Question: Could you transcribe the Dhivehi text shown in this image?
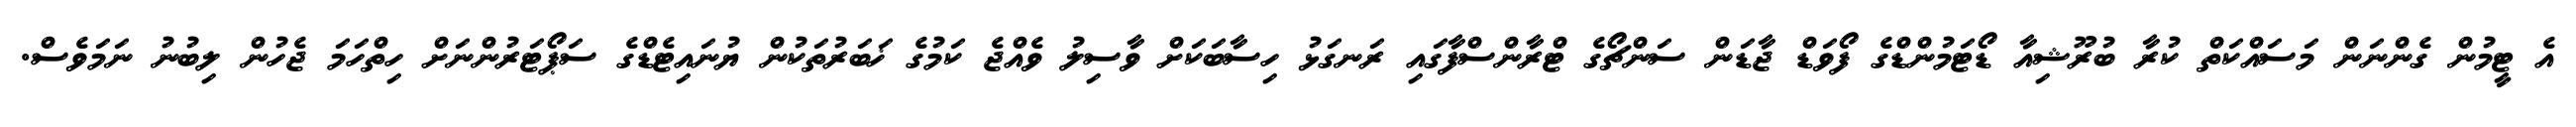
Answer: އެ ޓީމުން ގެންނަން މަސައްކަތް ކުރާ ބުރޫޝިއާ ޑޯޓަމުންޑްގެ ފޯވަޑް ޖާޑަން ސަންޗޯގެ ޓްރާންސްފާގައި ރަނގަޅު ހިސާބަކަށް ވާސިލު ވެއްޖެ ކަމުގެ ޚަބަރުތަކުން ޔުނައިޓެޑްގެ ސަޕޯޓަރުންނަށް ހިތްހަމަ ޖެހުން ލިބުނު ނަމަވެސް.